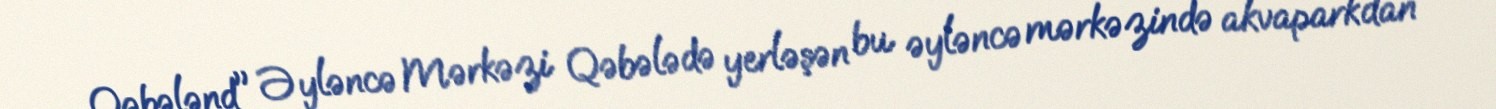
Qəbələnd" Əyləncə Mərkəzi Qəbələdə yerləşən bu əyləncə mərkəzində akvaparkdan